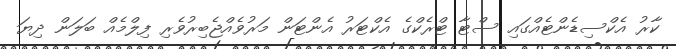
ކާރު އެކްސިޑެންޓެއްގައި ސްޓާ ޓްރެކްގެ އެކްޓަރު އެންޓަން މަރުވެއްޖެބިރުވެރި ފިލްމެއް ބަލަން ދިޔަ